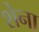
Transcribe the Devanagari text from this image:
शेना